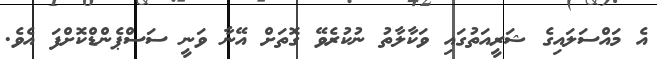
އެ މައްސަލައިގެ ޝަރީއަތުގައި ވަކާލާތު ނުކުރެވޭ ގޮތަށް އޭނާ ވަނީ ސަސްޕެންޑްކޮށްފަ އެވެ.